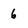
Character: 6